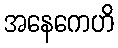
အနေကေဟိ